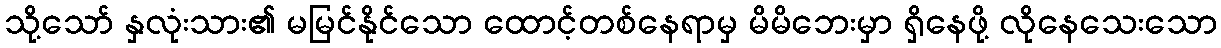
သို့သော် နှလုံးသား၏ မမြင်နိုင်သော ထောင့်တစ်နေရာမှ မိမိဘေးမှာ ရှိနေဖို့ လိုနေသေးသော